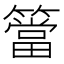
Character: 簹